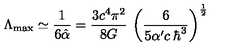
\Lambda _ { \max } \simeq \frac { 1 } { 6 \hat { \alpha } } = \frac { 3 c ^ { 4 } \pi ^ { 2 } } { 8 G } \: \left( \frac { 6 } { 5 \alpha ^ { \prime } c \: \hbar ^ { 3 } } \right) ^ { \frac { 1 } { 2 } }